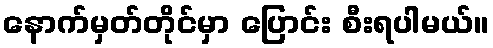
နောက်မှတ်တိုင်မှာ ပြောင်း စီးရပါမယ်။